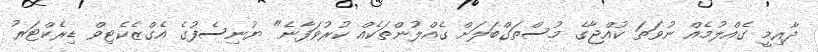
ދާއިމީ ގެއްލުމެއް ނުވަތަ ކުއްޖާގެ މުސްތަގްބަލަށް ގެއްލުންތަކެއް ކުރުވަފާނެ" ޔުނިސެފުގެ އެގްޒެކެޓިވް ޑިރެކްޓަރު